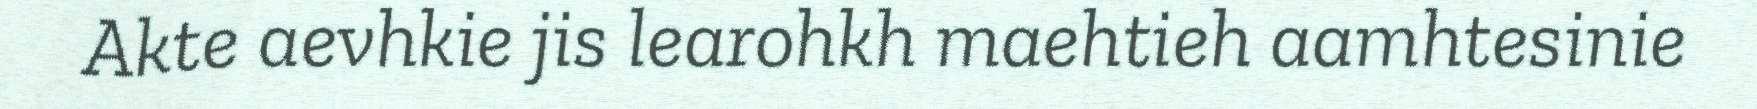
Akte aevhkie jis learohkh maehtieh aamhtesinie